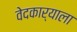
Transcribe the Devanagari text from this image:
वेदकार्याला